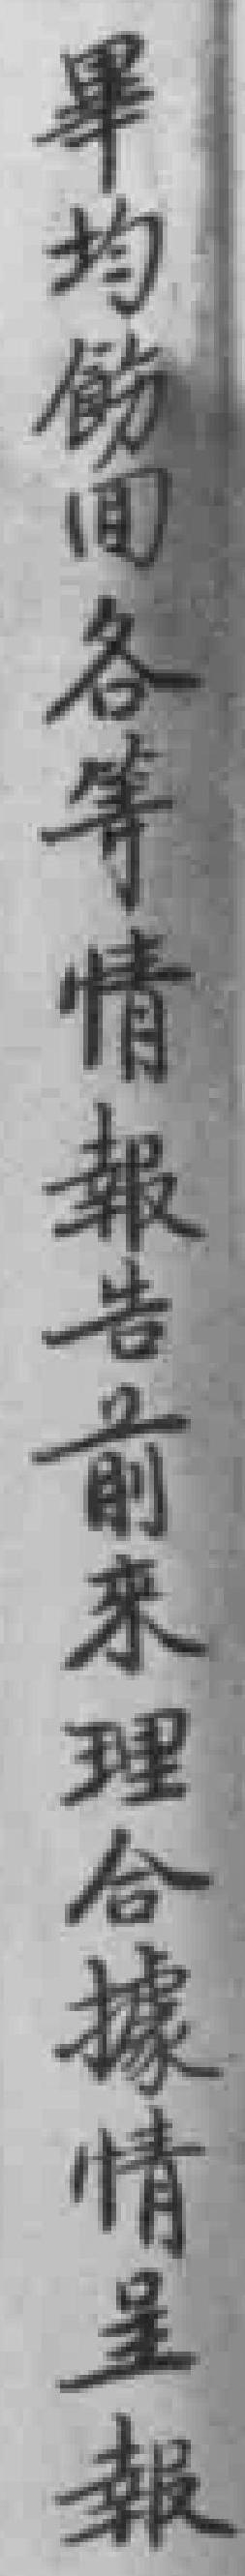
畢均飭囬各等情報告前來理合據情呈報